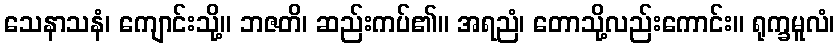
သေနာသနံ၊ ကျောင်းသို့။ ဘဇတိ၊ ဆည်းကပ်၏။ အရညံ၊ တောသို့လည်းကောင်း။ ရုက္ခမူလံ၊